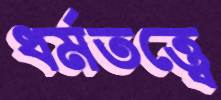
ধর্মতত্ত্বে